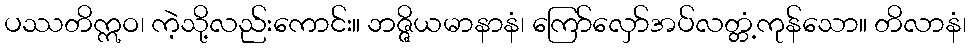
ပဿတိဣဝ၊ ကဲ့သို့လည်းကောင်း။ ဘဇ္ဇိယမာနာနံ၊ ကြော်လှော်အပ်လတ္တံ့ကုန်သော။ တိလာနံ၊